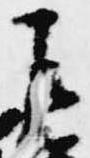
左